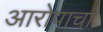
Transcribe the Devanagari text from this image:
आरोपाचा